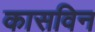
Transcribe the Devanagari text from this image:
कासविन